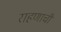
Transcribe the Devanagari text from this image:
राहणाची